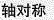
轴对称